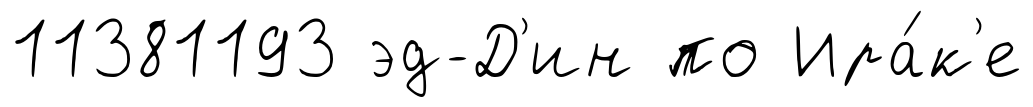
11381193 эд-Д'ин по Ира́к'е